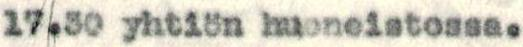
17.30 yhtiön huoneistossa.